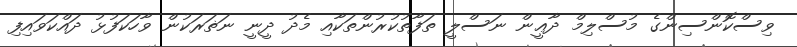
ވިސްކޮންސިންގެ މުސްލިމް ދާޢީން ނަސްލީ ތަފާތުކުރުންތަކާއި މެދު ދީނީ ނަޡަރަކުން ވާހަކަފުޅު ދައްކަވައިފި